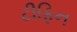
ટીફિન